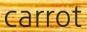
carrot